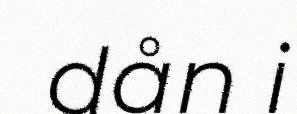
dån i